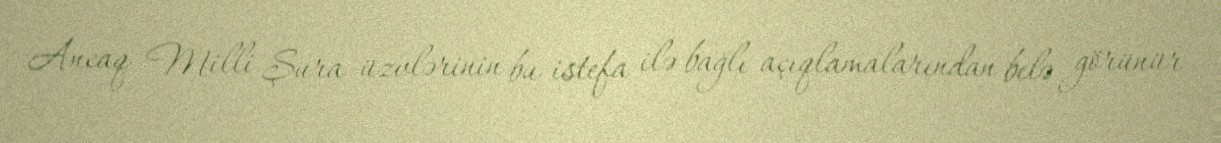
Ancaq Milli Şura üzvlərinin bu istefa ilə bağlı açıqlamalarından belə görünür